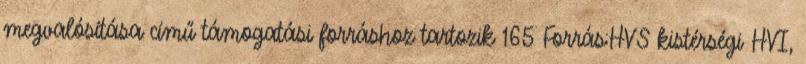
megvalósítása című támogatási forráshoz tartozik 165 Forrás:HVS kistérségi HVI,